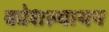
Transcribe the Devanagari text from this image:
कोशल्यायन